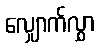
လျှောက်လွှာ